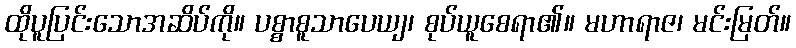
ထိုပူပြင်းသောအဆိပ်ကို။ ပစ္စာစူသာပေယျ၊ စုပ်ယူစေရာ၏။ မဟာရာဇ၊ မင်းမြတ်။